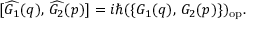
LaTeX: [ \widehat { G _ { 1 } } ( q ) , \, \widehat { G _ { 2 } } ( p ) ] = i \hbar ( \{ G _ { 1 } ( q ) , \, G _ { 2 } ( p ) \} ) _ { \mathrm { { o p } } } .